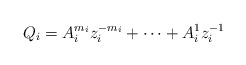
\begin{align*} Q_i = A_i^{m_i} z_i^{-m_i} + \cdots + A_i^1 z_i^{-1}\end{align*}